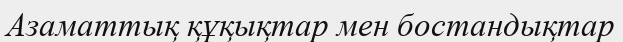
Азаматтық құқықтар мен бостандықтар